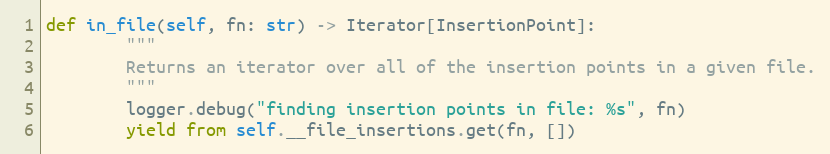
Language: Python
def in_file(self, fn: str) -> Iterator[InsertionPoint]:
        """
        Returns an iterator over all of the insertion points in a given file.
        """
        logger.debug("finding insertion points in file: %s", fn)
        yield from self.__file_insertions.get(fn, [])